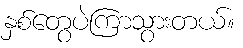
နှစ်တွေပဲကြာသွားတယ်။